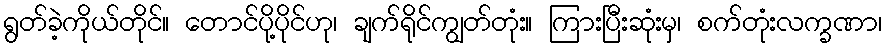
ရွတ်ခဲ့ကိုယ်တိုင်။ တောင်ပို့ပိုင်ဟု၊ ချက်ရိုင်ကျွတ်တုံး။ ကြားပြီးဆုံးမှ၊ စက်တုံးလက္ခဏာ၊